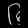
Digit: ၆